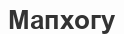
Мапхогу